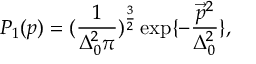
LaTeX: P _ { 1 } ( p ) = ( \frac { 1 } { \Delta _ { 0 } ^ { 2 } \pi } ) ^ { \frac { 3 } { 2 } } \exp \{ - \frac { \vec { p } ^ { 2 } } { \Delta _ { 0 } ^ { 2 } } \} ,